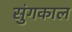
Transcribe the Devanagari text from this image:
सुंगकाल